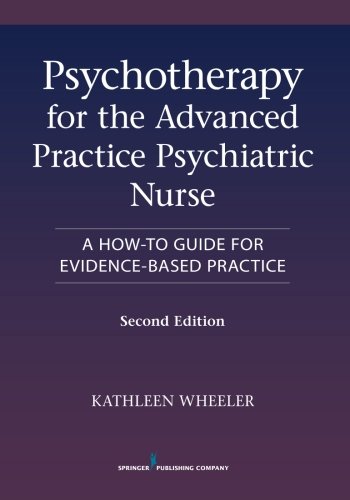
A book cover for Psychotherapy for the Advanced Practice Psychiatric Nurse, Second Edition: A How-To Guide for Evidence-Based Practice; Medical Books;